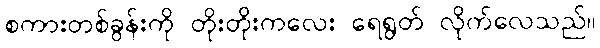
စကားတစ်ခွန်းကို တိုးတိုးကလေး ရေရွတ် လိုက်လေသည်။